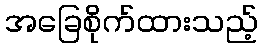
အခြေစိုက်ထားသည့်